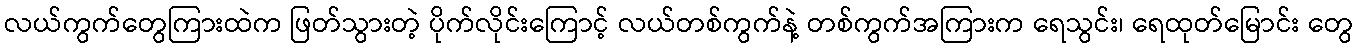
လယ်ကွက်တွေကြားထဲက ဖြတ်သွားတဲ့ ပိုက်လိုင်းကြောင့် လယ်တစ်ကွက်နဲ့ တစ်ကွက်အကြားက ရေသွင်း၊ ရေထုတ်မြောင်း တွေ